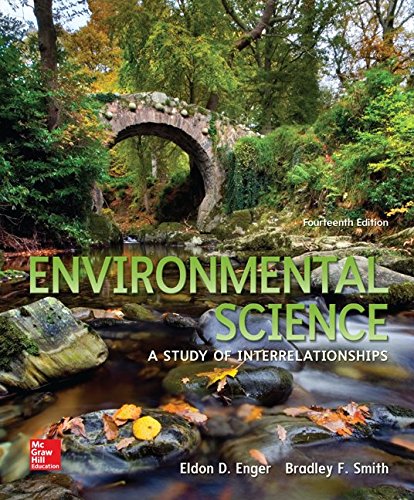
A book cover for Environmental Science; Eldon Enger; Science & Math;